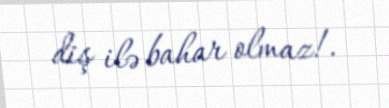
diş ilə bahar olmaz!.